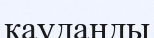
қауданды